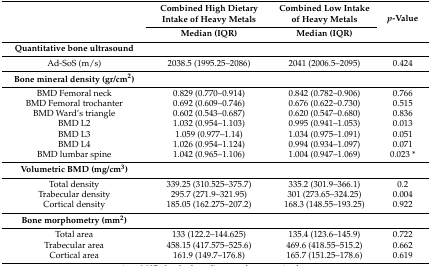
<table><thead><tr><td rowspan="2"></td><td><b>Combined High Dietary Intake of Heavy Metals</b></td><td><b>Combined Low Intake of Heavy Metals </b></td><td rowspan="2"><b><i>p</i>-Value</b></td></tr><tr><td><b>Median (IQR)</b></td><td><b>Median (IQR)</b></td></tr></thead><tbody><tr><td><b>Quantitative bone ultrasound</b></td><td></td><td></td><td></td></tr><tr><td>Ad-SoS (m/s)</td><td>2038.5 (1995.25–2086)</td><td>2041 (2006.5–2095)</td><td>0.424</td></tr><tr><td><b>Bone mineral density (gr/cm<sup>2</sup>)</b></td><td></td><td></td><td></td></tr><tr><td>BMD Femoral neck</td><td>0.829 (0.770–0.914)</td><td>0.842 (0.782–0.906)</td><td>0.766</td></tr><tr><td>BMD Femoral trochanter</td><td>0.692 (0.609–0.746)</td><td>0.676 (0.622–0.730)</td><td>0.515</td></tr><tr><td>BMD Ward’s triangle</td><td>0.602 (0.543–0.687)</td><td>0.620 (0.547–0.680)</td><td>0.836</td></tr><tr><td>BMD L2</td><td>1.032 (0.954–1.103)</td><td>0.995 (0.941–1.053)</td><td>0.013</td></tr><tr><td>BMD L3</td><td>1.059 (0.977–1.14)</td><td>1.034 (0.975–1.091)</td><td>0.051</td></tr><tr><td>BMD L4</td><td>1.026 (0.954–1.124)</td><td>0.994 (0.934–1.097)</td><td>0.071</td></tr><tr><td>BMD lumbar spine</td><td>1.042 (0.965–1.106)</td><td>1.004 (0.947–1.069)</td><td>0.023 *</td></tr><tr><td><b>Volumetric BMD (mg/cm<sup>3</sup>)</b></td><td></td><td></td><td></td></tr><tr><td>Total density</td><td>339.25 (310.525–375.7)</td><td>335.2 (301.9–366.1)</td><td>0.2</td></tr><tr><td>Trabecular density</td><td>295.7 (271.9–321.95)</td><td>301 (273.65–324.25)</td><td>0.004</td></tr><tr><td>Cortical density</td><td>185.05 (162.275–207.2)</td><td>168.3 (148.55–193.25)</td><td>0.922</td></tr><tr><td><b>Bone morphometry (mm<sup>2</sup>)</b></td><td></td><td></td><td></td></tr><tr><td>Total area</td><td>133 (122.2–144.625)</td><td>135.4 (123.6–145.9)</td><td>0.722</td></tr><tr><td>Trabecular area</td><td>458.15 (417.575–525.6)</td><td>469.6 (418.55–515.2)</td><td>0.662</td></tr><tr><td>Cortical area</td><td>161.9 (149.7–176.8)</td><td>165.7 (151.25–178.6)</td><td>0.619</td></tr></tbody></table>